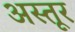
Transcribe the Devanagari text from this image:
अस्तूर